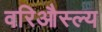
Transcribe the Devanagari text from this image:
वरिऔस्ल्य